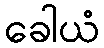
ခေါယံ